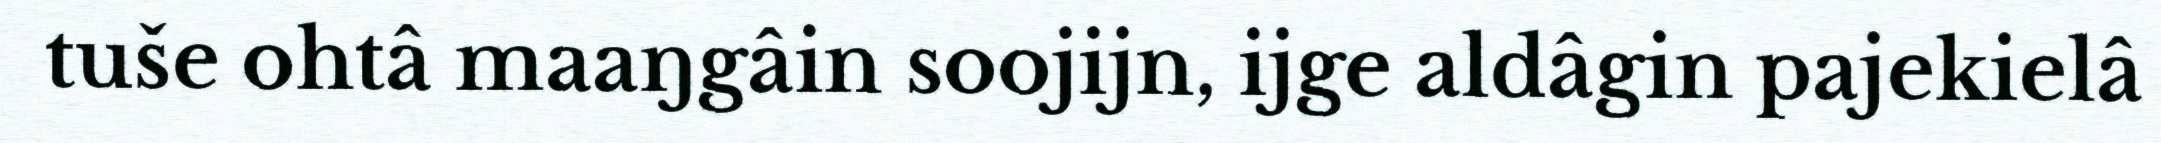
tuše ohtâ maaŋgâin soojijn, ijge aldâgin pajekielâ